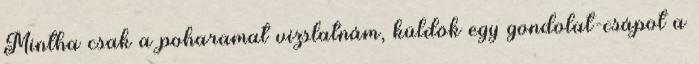
Mintha csak a poharamat vizslatnám, küldök egy gondolat-csápot a